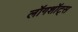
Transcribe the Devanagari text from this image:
लॉगशॉट्स